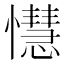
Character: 懳